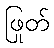
ဖြုတ်